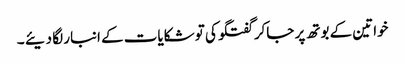
خواتین کے بوتھ پر جاکر گفتگو کی تو شکایات کے انبار لگا دیئے ۔